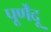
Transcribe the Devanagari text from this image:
पूर्णेंदू